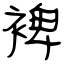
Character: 裨